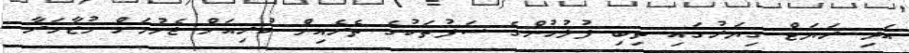
އަދި ރަޔަޓް ގިޔަރުގައި ތިބި ފުލުހުންގެ ސަފުތަކުގެ ތެރެއިން ކުރިއަށް ޖެހުމަށް މުޒާހަރާ